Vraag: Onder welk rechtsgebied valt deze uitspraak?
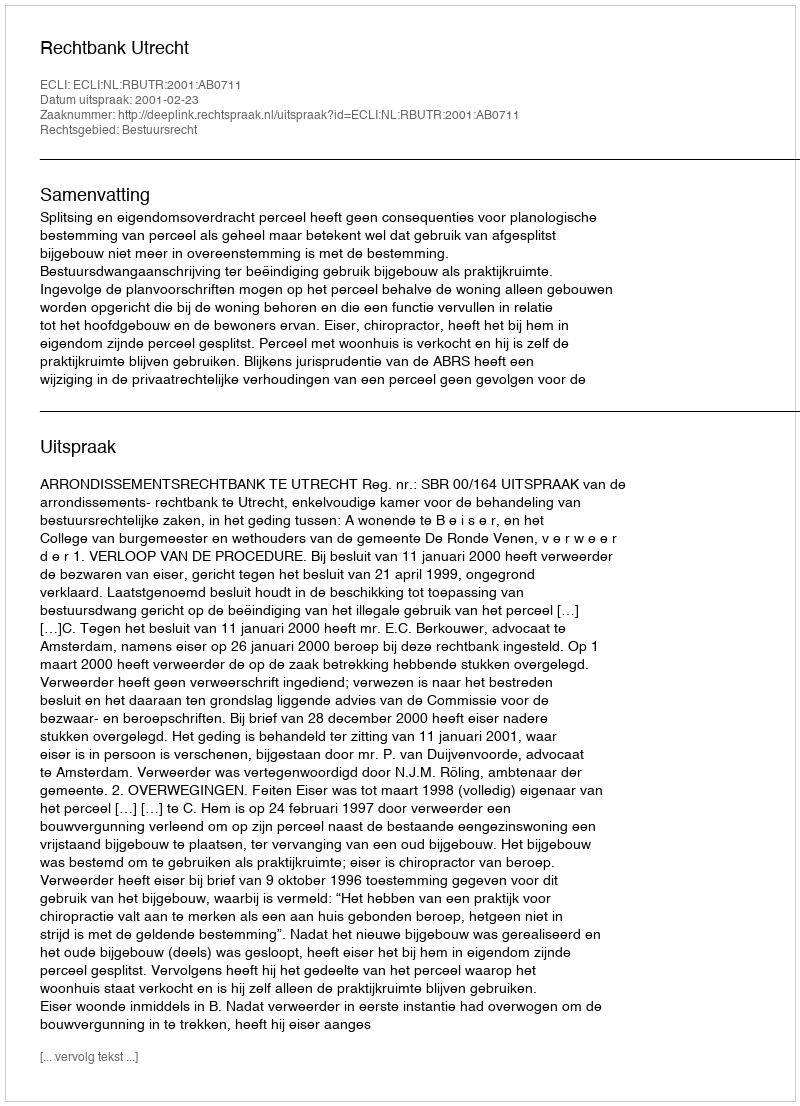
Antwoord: Bestuursrecht